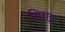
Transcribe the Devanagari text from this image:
गिराइ